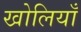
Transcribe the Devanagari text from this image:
खोलियाँ